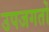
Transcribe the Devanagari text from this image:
उपजगतों